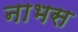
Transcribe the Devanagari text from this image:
नाभस